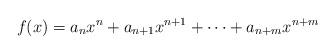
LaTeX: \begin{align*}f(x)=a_n x^n+a_{n+1} x^{n+1}+\cdots+a_{n+m}x^{n+m}\end{align*}